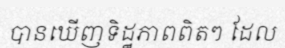
បានឃើញទិដ្ឋភាពពិតៗ ដែល